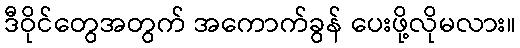
ဒီဝိုင်တွေအတွက် အကောက်ခွန် ပေးဖို့လိုမလား။